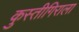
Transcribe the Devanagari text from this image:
कुस्तीगिराला